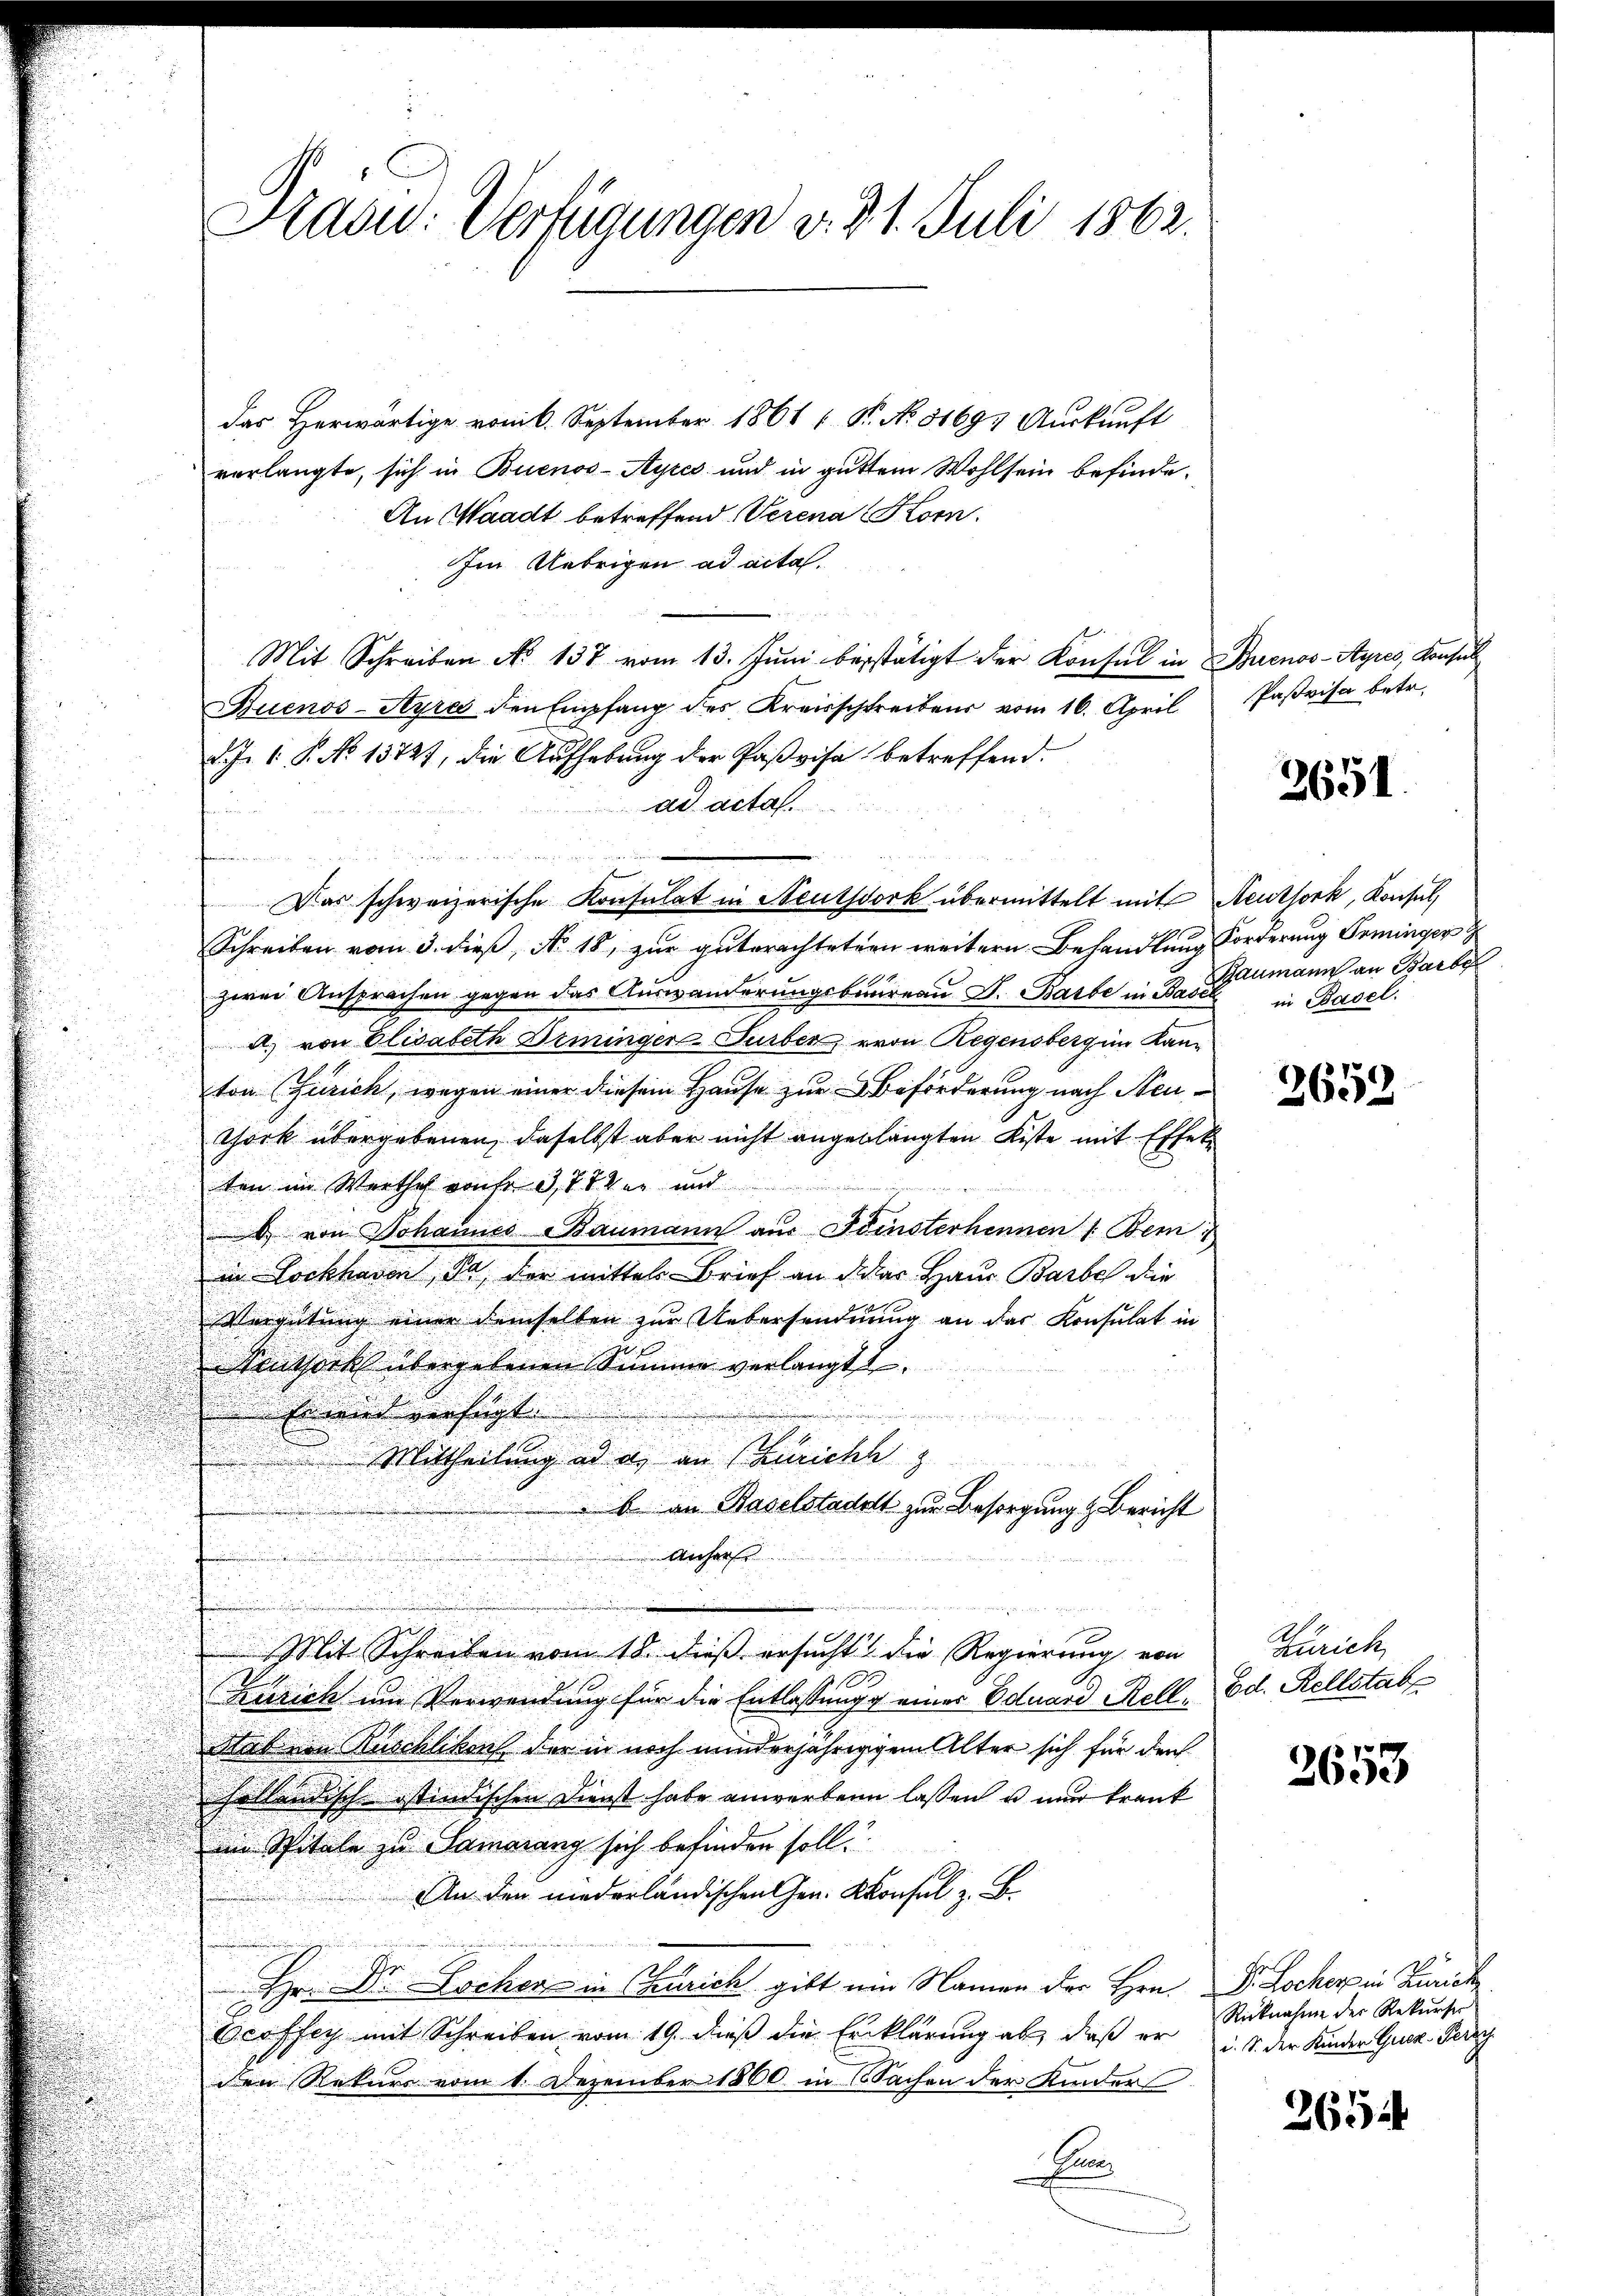
das Herwärtige vom 6. September 1861 1 S. No 81693 Auskunft
verlangte, sich in Buenos-Ayres und in gutem Wohlsein befinde.
An Waadt betreffend Verena Korn.
Im Uebrigen ad acta.
Mit Schreiben No 137 vom 13. Jŭni bestätigt der Konsul in Buenos-Ayres, Konsul
Buenos-Ayres den Empfang des Kreisschreibens vom 16. April
d. J. 1. P. No 13727, die Aufhebung der Paßvisa betreffend.
ad acta.
f
.
Das schweizerische Konsulat in Neutscork übermittelt mit Reuthork, Konsul,
Schreiben vom 3. dieß, No. 18, zur guterachteter weitern Behandlung Forderung Seminger
zwei Ansprachen gegen das Auswanderungsbaureau d. Barbe in Basel in Basel.
A.) von Elisabeth Seminger Turber, von Regensberg im Kanton Zürich, wegen einer diesem Hause zur Beförderung nach Neu¬
York übergebenen, daselbst aber nicht angeblangten Kiste mit Effel
ten im Werthes von fr. 3, 8 der und
 von Johannes Baumann aus Feinsterhennen 1. Bem
in Lockhaven, Ja, der mittels Brief an das Haus Barbe die
Vergütung einer demselben zur Uebersendnung an das Konsulat in
euthork übergebenen Summe verlangt

Eiwird verfügt.
 Mittheilung ad a. an (Züricht
b. an Baselstadelt zur Besorgung & Bericht
Acher
u
Mit Schreiben vom 18. dieß ersucht die Regierung von
Zürich um Verwendung für die Entlassung einer Eduard Rell¬
Stab von Ruschlikon, der in noch minderjährigem Alter sich für den
cholländische istindischen Dienst habe anwerben lassen u. nur krank
im Spitale zu Samorang sich befinden soll.
An den niederländischen Gen. Konsul z. B.
Hr. Dr. Lochen in Zürich gibt ein Namen der Hrn.
Ocoffey mit Schreiben vom 19. dieß die Erklärung ab, daß er
den Rekurs vom 1. Dezember 1860 in Sachen der Kinders
B

Hasw: Verfügungen v. 31. Juli 1862.

Paßvisa betr.

2651.

Baumann an Barbe

2652

Zürich
Ed. Rellstabe

2653

Dr. Locher in Zürich.
Rücknahme der Rekurser
i. S. der Kinder Quer Persch

265